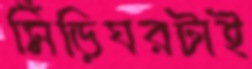
সিঁড়িঘরটাই